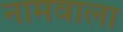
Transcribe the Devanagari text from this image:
नामवाला